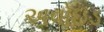
અવોઇડ